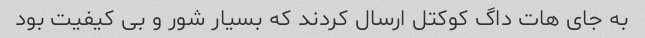
به جای هات داگ کوکتل ارسال کردند که بسیار شور و بی کیفیت بود